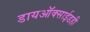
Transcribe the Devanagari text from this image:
डायऑक्साईडही